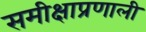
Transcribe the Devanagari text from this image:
समीक्षाप्रणाली